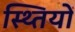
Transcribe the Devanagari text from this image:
स्थ्तियों